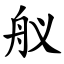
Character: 舣